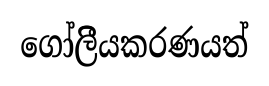
ගෝලීියකරණයත්